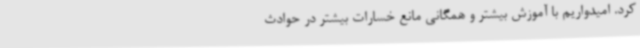
کرد. امیدواریم با آموزش بیشتر و همگانی مانع خسارات بیشتر در حوادث